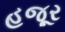
હજૂર